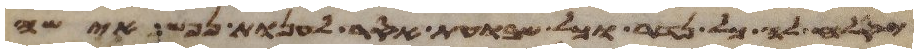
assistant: יסלח לה כל נדר וכל שבועת אסר לענות נפש אישה